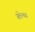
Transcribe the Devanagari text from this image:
स्तेत्च्य